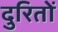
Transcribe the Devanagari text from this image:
दुरितों